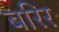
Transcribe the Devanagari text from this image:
बरिर